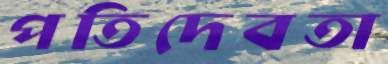
পতিদেবতা